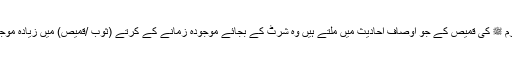
نبی اکرم ﷺ کی قمیص کے جو اوصاف احادیث میں ملتے ہیں وہ شرٹ کے بجائے موجودہ زمانے کے کرتے (ثوب /قمیص) میں زیادہ موجود ہیں۔